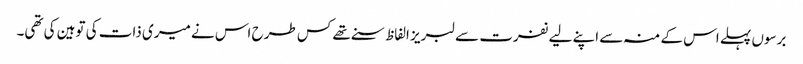
برسوں پہلے اس کے منہ سے اپنے لیے نفرت سے لبریز الفاظ سنے تھے کس طرح اس نے میری ذات کی توہین کی تھی۔